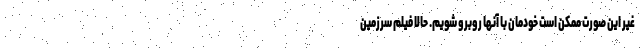
غیر این صورت ممکن است خودمان با آنها روبرو شویم. حالا فیلم سرزمین